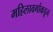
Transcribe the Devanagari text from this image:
महिलावर्गाकडून